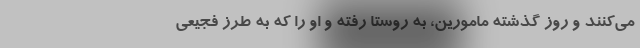
می‌کنند و روز گذشته مامورین، به روستا رفته و او را که به طرز فجیعی